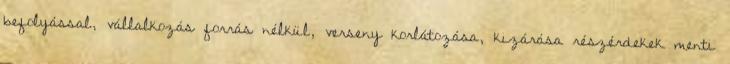
befolyással, vállalkozás forrás nélkül, verseny korlátozása, kizárása részérdekek menti